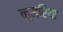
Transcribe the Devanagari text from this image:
कुमरिया